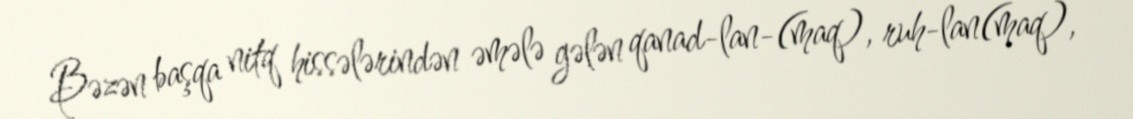
Bəzən başqa nitq hissələrindən əmələ gələn qanad-lan-(maq), ruh-lan(maq),